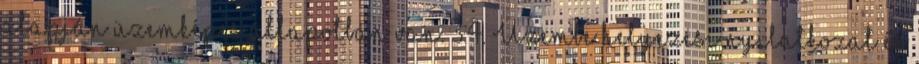
alapján üzemképes állapotban van. 3.4. Üzembe helyezési nyilatkozat és